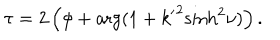
LaTeX: \tau = 2 \left( \phi + \arg ( 1 + { k ^ { \prime } } ^ { 2 } { \sinh } ^ { 2 } \nu ) \right) .